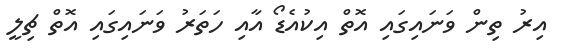
އިރު ތިން ވަނައިގައި އޮތް އިކުއެޑޯ އާއި ހަތަރު ވަނައިގައި އޮތް ޗިލީ